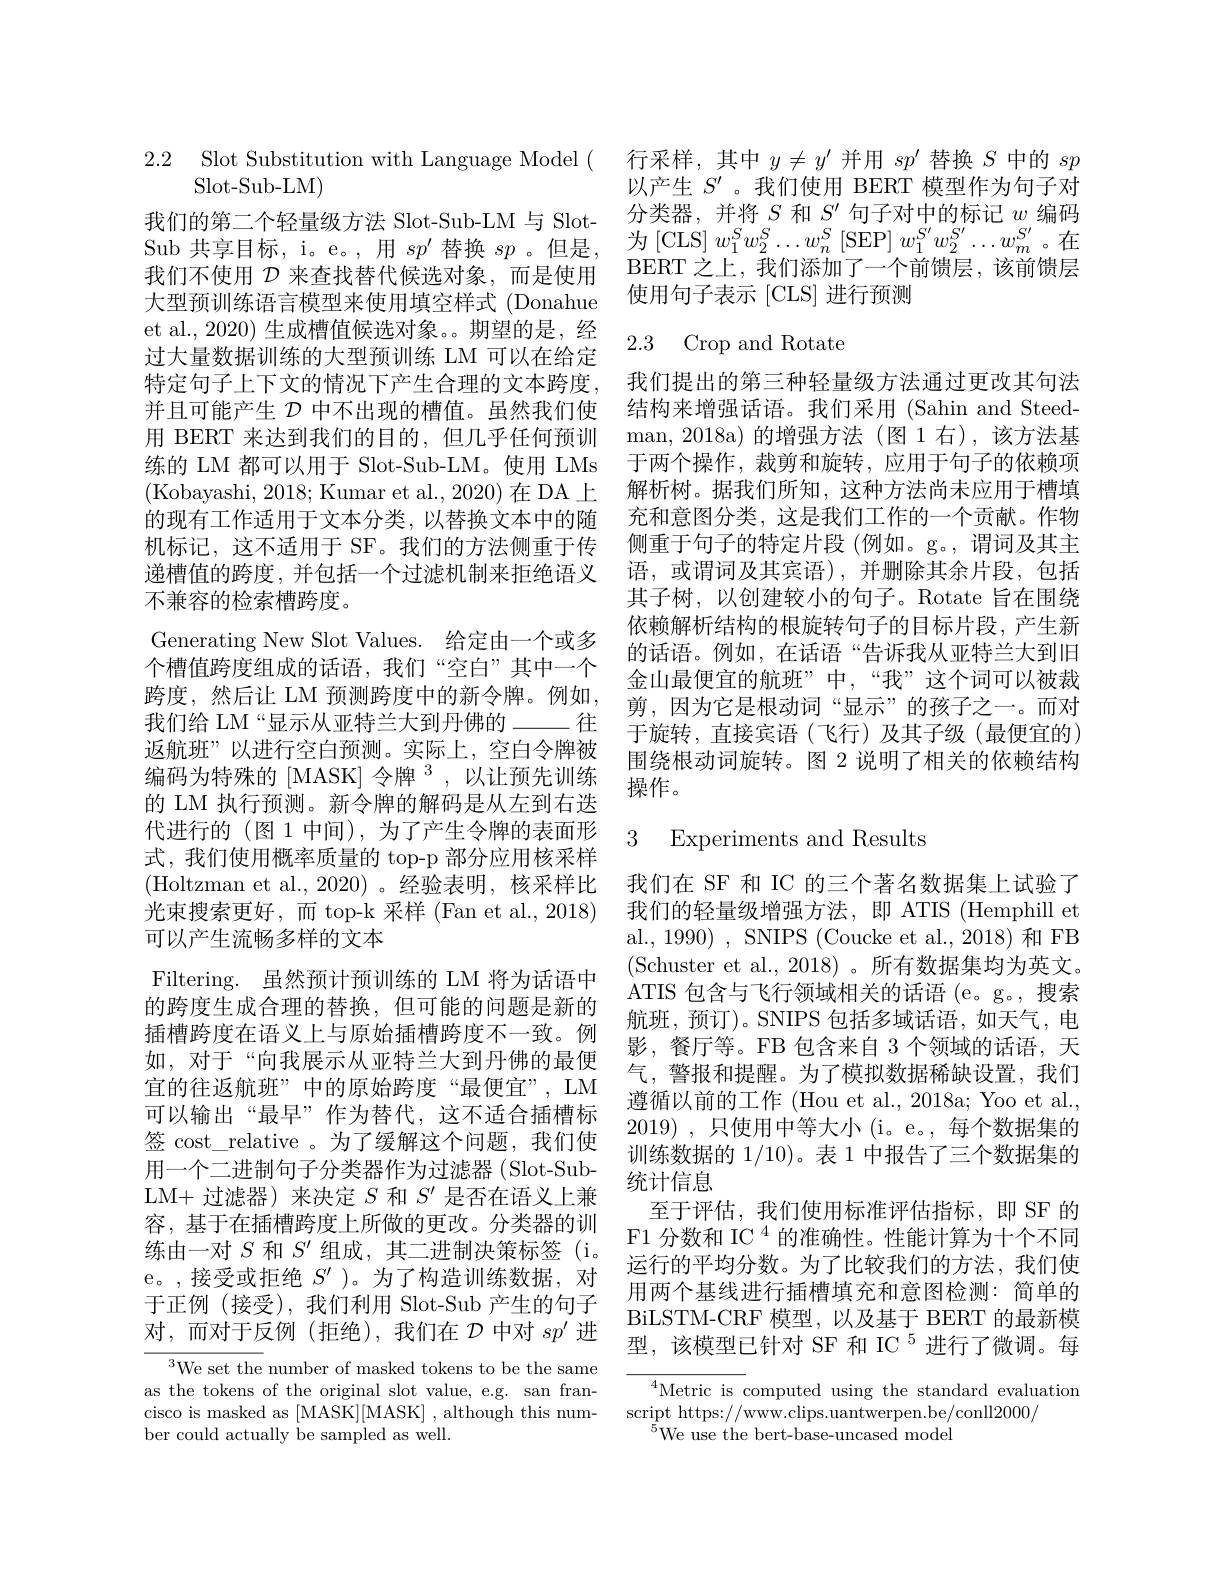
2.2 Slot Substitution with Language Model (
$\operatorname{Slot-Sub-LM})$

我们的第二个轻量级方法 Slot-Sub-LM 与 SlotSub 共享目标，i。e。,用$sp^\prime$替换$sp$ 。但是， 我们不使用$\mathcal{D}$来查找替代候选对象，而是使用大型预训练语言模型来使用填空样式 (Donahue et al., 2020) 生成槽值候选对象。期望的是，经过大量数据训练的大型预训练 LM 可以在给定特定句子上下文的情况下产生合理的文本跨度， 并且可能产生$\mathcal{D}$中不出现的槽值。虽然我们使用 BERT 来达到我们的目的，但几乎任何预训不兼容的检索槽跨度。
Generating New Slot Values. 给定由一个或多个槽值跨度组成的话语，我们“空白”其中一个跨度，然后让 LM 预测跨度中的新令牌。例如， 我们给 LM“显示从亚特兰大到丹佛的———在返航班”以进行空白预测。实际上，空白令牌被编码为特殊的[MASK]令牌$^{3}$,以让预先训练的 LM 执行预测。新令牌的解码是从左到右迭代进行的(图 1 中间),为了产生令牌的表面形式，我们使用概率质量的 top-p 部分应用核采样(Holtzman et al.,2020)。经验表明，核采样比光束搜索更好，而 top-k 采样 (Fan et al., 2018) 可以产生流畅多样的文本
Filtering. 虽然预计预训练的 LM 将为话语中的跨度生成合理的替换，但可能的问题是新的插槽跨度在语义上与原始插槽跨度不一致。例如，对于“向我展示从亚特兰大到丹佛的最便宜的往返航班”中的原始跨度“最便宜”, LM 可以输出“最早”作为替代，这不适合插槽标签 cost\_relative 。为了缓解这个问题，我们使用一个二进制句子分类器作为过滤器(Slot-SubLM+ 过滤器) 来决定$S$和$S^{\prime}$是否在语义上兼容 , 基 于 在 插 槽 跨 度 上 所 做 的 更 改 。分 类 器 的 训 王 丁 V旧 , 我 们 仅 们 们 在 计 旧 旧 内 , 如 练 由 一 对 $S$ 和 $S^{\prime }$ 组 成 , 其 二 进 制 决 策 标 签 ( i。$\text{ F1 分 数 和 IC }^{4}$ 的 准 确 性 。性 能 计 算 为 十 个 不 同 运 行 的 平 均 分 数 为 了 比 较 我 们 的 方 法 我 们 值
e。,接受或拒绝$S^\prime$ )。为了构造训练数据，对于正例(接受),我们利用 Slot-Sub 产生的句子对，而对于反例(拒绝),我们在$\mathcal{D}$中对$sp^\prime$进
$^{3}$We set the number of masked tokens to be the same as the tokens of the original slot value, e.g. san francisco is masked as [MASK][MASK] , although this num- script https://www.clips.uantwerpen.be/conll2000/

ber could actually be sampled as well.

行采样，其中$y\neq y^\prime$并用$sp^\prime$替换$S$中的$sp$ 以产生$S^{\prime}$ 。我们使用 BERT 模型作为句子对分类器，并将$S$和$S^\prime$句子对中的标记$w$编码为 [CLS] $w_1^Sw_2^S\ldots w_n^S$ [SEP] $w_1^S^{\prime}w_2^{S^{\prime}}\ldots w_m^{S^{\prime}}$。在BERT 之上，我们添加了一个前馈层，该前馈层使用句子表示[CLS]进行预测

## 2.3 Crop and Rotate

我们提出的第三种轻量级方法通过更改其句法结构来增强话语。我们采用 (Sahin and Steedman,2018a)的增强方法(图1右),该方法基
练的 LM 都可以用于 Slot-Sub-LM。使用 LMs 于两个操作，裁剪和旋转，应用于句子的依赖项(Kobayashi, 2018; Kumar et al., 2020) 在 DA上 解析树。据我们所知，这种方法尚未应用于槽填的现有工作适用于文本分类，以替换文本中的随 充和意图分类，这是我们工作的一个贡献。作物机标记，这不适用于 SF。我们的方法侧重于传 侧重于句子的特定片段 (例如。g。, 谓词及其主递槽值的跨度，并包括一个过滤机制来拒绝语义 语，或谓词及其宾语),并删除其余片段，包括
其子树，以创建较小的句子。Rotate 旨在围绕依赖解析结构的根旋转句子的目标片段，产生新的话语。例如，在话语“告诉我从亚特兰大到旧金山最便宜的航班”中，“我”这个词可以被裁剪，因为它是根动词“显示”的孩子之一。而对于旋转，直接宾语(飞行)及其子级(最便宜的) 围绕根动词旋转。图 2 说明了相关的依赖结构操作。

## 3 Experiments and Results

我们在 SF 和 IC 的三个著名数据集上试验了我们的轻量级增强方法，即 ATIS (Hemphill et al., 1990) , SNIPS (Coucke et al., 2018) 和 FB (Schuster et al.,2018)。所有数据集均为英文。ATIS 包含与飞行领域相关的话语 (e。g。,搜索航班，预订)。SNIPS 包括多域话语，如天气，电影，餐厅等。FB 包含来自 3 个领域的话语，天气，警报和提醒。为了模拟数据稀缺设置，我们遵循以前的工作 (Hou et al., 2018a; Yoo et al., 2019) , 只使用中等大小(i。e。,每个数据集的训练数据的 1/10)。表 1 中报告了三个数据集的统计信息
至于评估，我们使用标准评估指标，即 SF 的运行的平均分数。为了比较我们的方法，我们使用两个基线进行插槽填充和意图检测：简单的BiLSTM-CRF 模型，以及基于 BERT 的最新模型，该模型已针对 SF 和 IC $^{5}$进行了微调。每

Metric is computed using the standard evaluation
${}^{\bar{5}}$We use the bert-base-uncased model